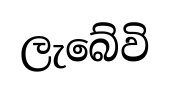
ලැබේවි